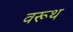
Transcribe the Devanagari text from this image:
वरूथ